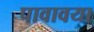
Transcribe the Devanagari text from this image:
पावावया